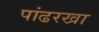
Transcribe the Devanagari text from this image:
पांढरखा